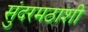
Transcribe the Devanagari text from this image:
सुंदरमठाशी